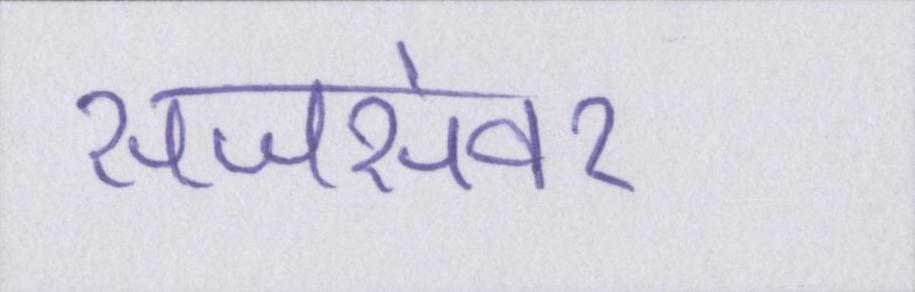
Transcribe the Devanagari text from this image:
सजसंवर